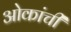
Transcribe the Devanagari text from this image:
ओकांची